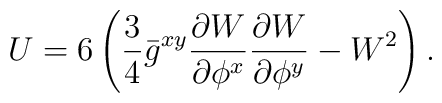
U=6\left(\frac{3}{4}\bar{g}^{xy}\frac{\partial{W}}{\partial{\phi^{x}}}\frac{\partial{W}}{\partial{\phi^{y}}}-W^{2}\right).